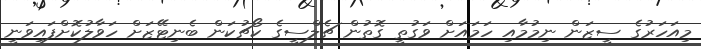
މިއަހަރުގެ ސީޒަން ނިމުމާއި ހަމައަށް ވަގުތީ ގޮތުން ޗެލްސީގެ ކޯޗުކަން ބެނިޓޭޒަށް ހަވާލުކޮށްފައިވަނީ